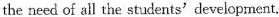
the need of all the students'developnent.